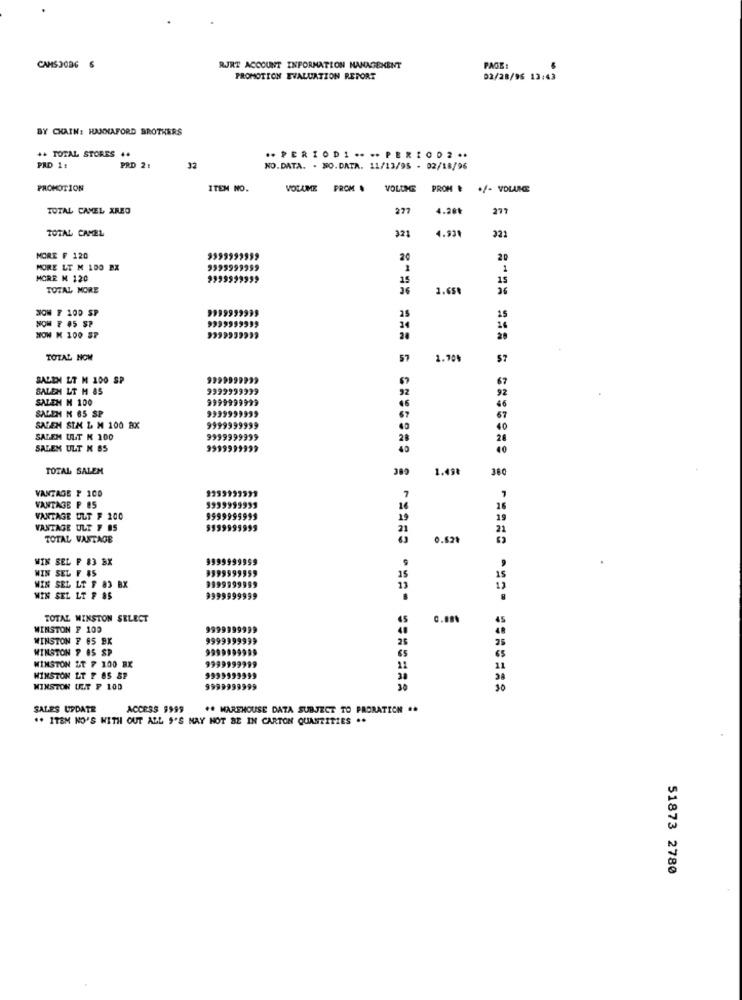
CAMS30BG 6
RJRT ACCOUNT INFORMATION MANAGEMENT
PAGE
PROMOTICH EVALUATION REPORT
02/28/96 13:43
BY CHAIN: HANNAFORD BROTHERS
++ TOTAL STORES ..
.. PERIODI .... PERIOD2 ..
PAD 1:
PRD 2:
32
NO.DATA. . SO.DATA. 11/13/95 - 02/18/96
PROMOTION
ITEM NO.
VOLUME PROM
VOLUME
PROM & +/- VDLANCE
LLC
TOTAL CAMEL XREO
277
4.20k
TOTAL CAMEL
321
4.93%
321
MORE F 120
9999999959
20
20
MORE LT M 1DO BX
1
MORE M 120
15
15
TOTAL MORE
36
3.65%
26
NOW 7 100 SP
9999999999
25
34
HOW K 100 SP
TOTAL NOW
57
1.70%
SALEM LT M 100 SP
67
SALEN LT H &S
92
SALEM M 100
SALEH M 65 SP
9999
67
SALEM SIM & M 100 BX
SALEM ULT K 100
28
SALEM ULT N BS
TOTAL SALEM
1.498
VANTAGE P 100
VANTAGE P.85
16
VANTAGE ULT F 100
VANTAGE ULT 7 85
TOTAL VANTAGE
0.529
WIN SEL F 83 BX
WIN SEL F #5
15
WIN SEL LT F 83 BX
WIN SEL LT F &S
TOTAL WINSTON SELECT
WINSTON F 100
9999999
WINSTON ? 65 SK
999
999999
WINSTON 9 85 SP
WINSTON &T 7 100 BX
WINSTON LT P OS &P
WINSTON ULT P 100
* **===== = ===== ==== =======
SALES UPDATE
ACCESS 9999
++ WAREHOUSE DATA SUBJECT TO PRORATION ..
.. ITEM NO'S WITH OUT ALL $'S MAY NOT BE IN CARTON QUANTITIES ..
51873 2780